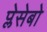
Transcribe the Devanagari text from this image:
प्लेसेबो